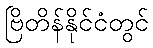
ဗြိတိန်နိုင်ငံတွင်